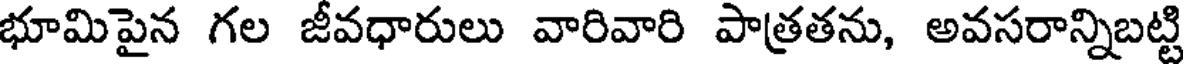
భూమిపైన గల జీవధారులు వారివారి పాత్రతను, అవసరాన్నిబట్టి